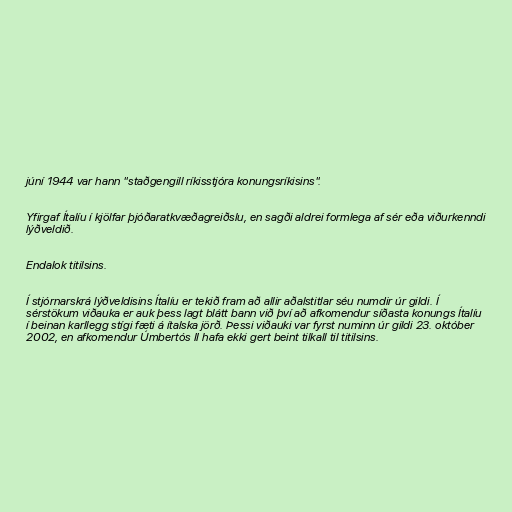
júní 1944 var hann "staðgengill ríkisstjóra konungsríkisins".

Yfirgaf Ítalíu í kjölfar þjóðaratkvæðagreiðslu, en sagði aldrei formlega af sér eða viðurkenndi
lýðveldið.

Endalok titilsins.

Í stjórnarskrá lýðveldisins Ítalíu er tekið fram að allir aðalstitlar séu numdir úr gildi. Í
sérstökum viðauka er auk þess lagt blátt bann við því að afkomendur síðasta konungs Ítalíu
í beinan karllegg stígi fæti á ítalska jörð. Þessi viðauki var fyrst numinn úr gildi 23. október
2002, en afkomendur Úmbertós II hafa ekki gert beint tilkall til titilsins.